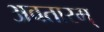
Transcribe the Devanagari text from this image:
अवतारम्